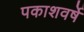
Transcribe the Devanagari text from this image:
पकाशवर्षे